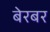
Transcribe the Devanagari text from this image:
बेरबर